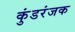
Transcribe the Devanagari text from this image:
कुंडरंजक